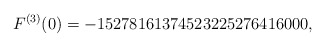
\begin{align*}F^{(3)}(0)=-15278161374523225276416000,\end{align*}